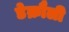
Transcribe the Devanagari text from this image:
डेक्रौली